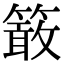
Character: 𥴊